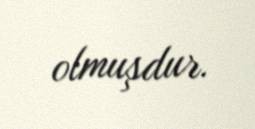
olmuşdur.